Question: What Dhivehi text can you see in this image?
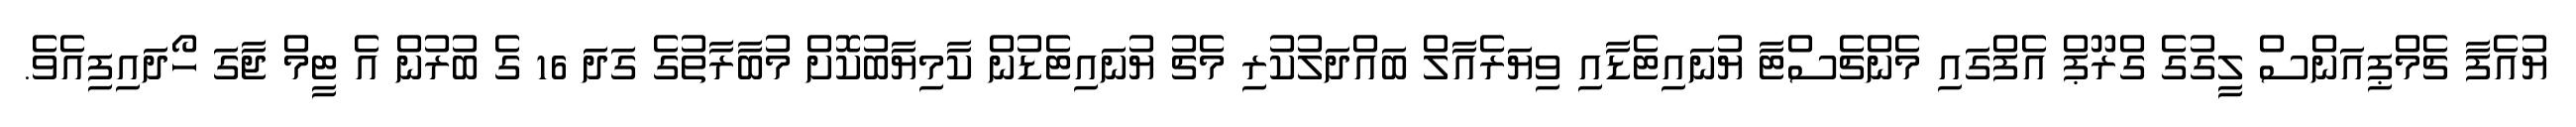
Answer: ޔުއެފާ ޗެމްޕިއަންސް ލީގުގެ ގްރޫޕް އެފްގައި މެންޗެސްޓާ ޔުނައިޓެޑާއި ވިޔަރެއާލް ބައްދަލުކުރި މެޗު ޔުނައިޓެޑުން ކާމިޔާބުކޮށް މުބާރާތުގެ ގަދަ 16 ގެ ބުރުން އެ ޓީމް ޖާގަ ހޯދައިފިއެވެ.